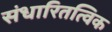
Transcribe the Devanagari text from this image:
संधारितत्विक